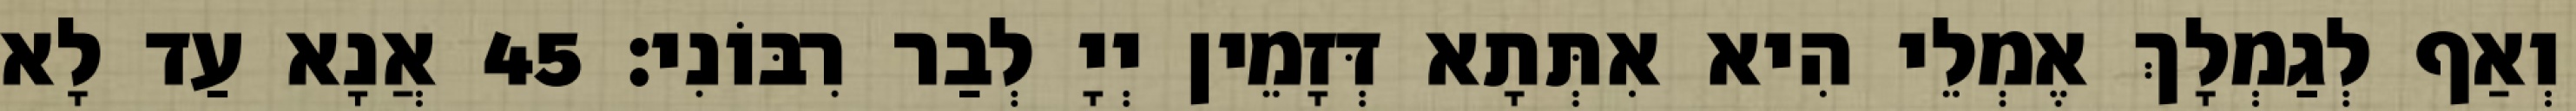
וְאַף לְגַמְלָךְ אֶמְלֵי הִיא אִתְּתָא דְּזָמֵין יְיָ לְבַר רִבּוֹנִי׃ 45 אֲנָא עַד לָא